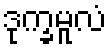
ဒုက္ခမူလံ